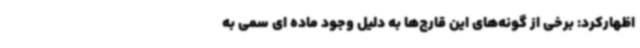
اظهارکرد: برخی از گونه‌های این قارچ‌ها به دلیل وجود ماده ای سمی به